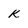
Character: k